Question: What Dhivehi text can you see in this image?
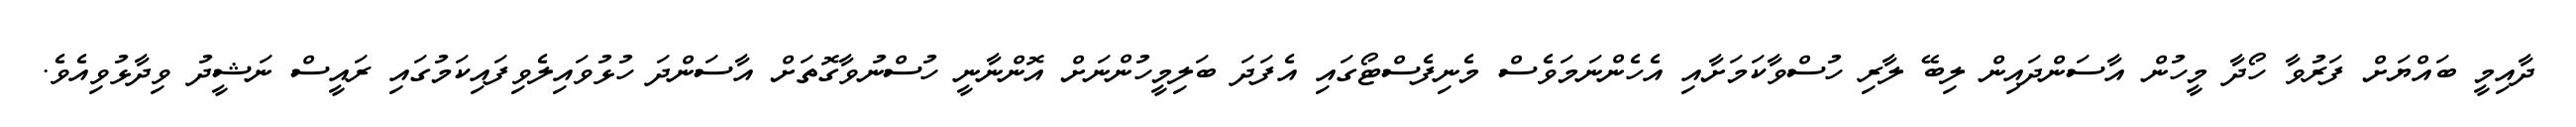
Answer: ދާއިމީ ބައްޔަށް ފަރުވާ ހޯދާ މީހުން އާސަންދައިން ލިބޭ ލާރި ހުސްވާކަމަށާއި އެހެންނަމަވެސް މެނިފެސްޓޯގައި އެފަދަ ބަލިމީހުންނަށް އޮންނާނީ ހުސްނުވާގޮތަށް އާސަންދަ ހުޅުވައިލެވިފައިކަމުގައި ރައީސް ނަޝީދު ވިދާޅުވިއެވެ.